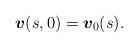
LaTeX: \begin{align*}\mbox{\mathversion{bold}$v$}(s,0) = \mbox{\mathversion{bold}$v$}_{0}(s).\end{align*}